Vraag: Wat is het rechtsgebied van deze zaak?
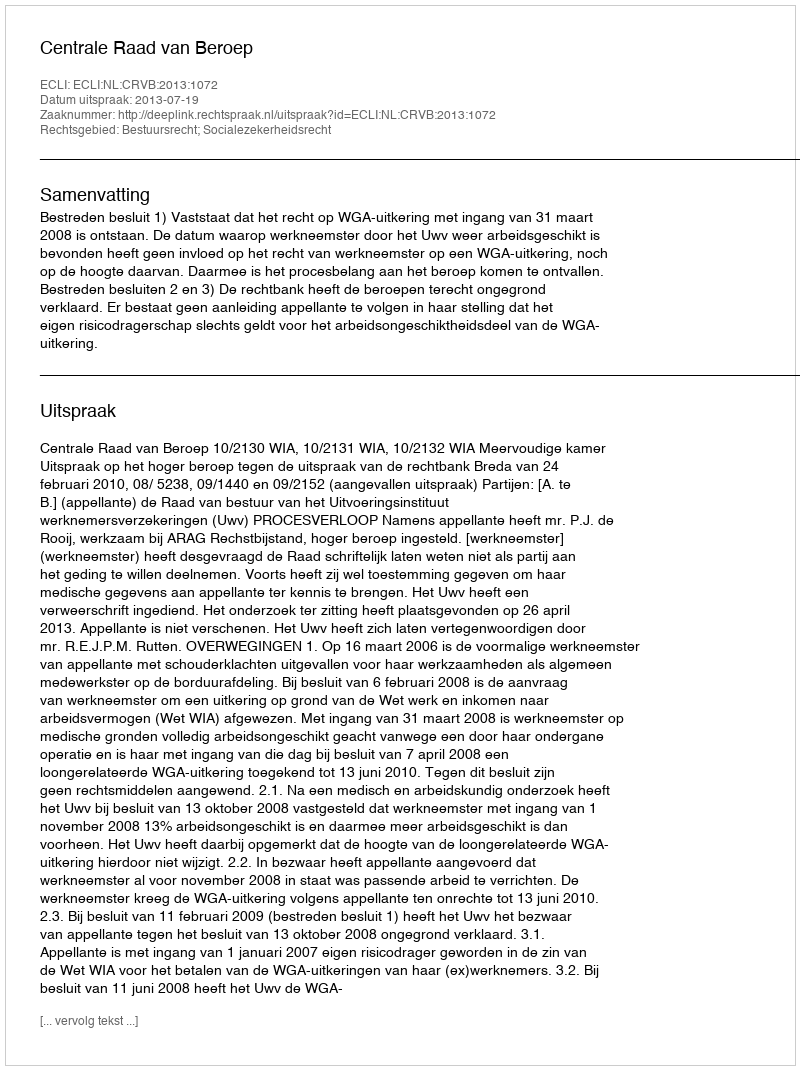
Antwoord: Bestuursrecht; Socialezekerheidsrecht